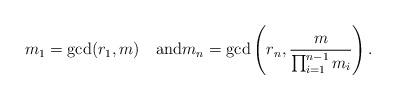
LaTeX: \begin{align*} m_1 = \gcd(r_1,m)\quad\mathrm{and}m_n = \gcd\left(r_n,\frac{m}{\prod_{i=1}^{n-1}m_i}\right). \end{align*}